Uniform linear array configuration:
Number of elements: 32
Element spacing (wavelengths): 1
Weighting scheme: hamming
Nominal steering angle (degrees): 45
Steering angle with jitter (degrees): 45.689
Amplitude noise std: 0.05
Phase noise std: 0.05

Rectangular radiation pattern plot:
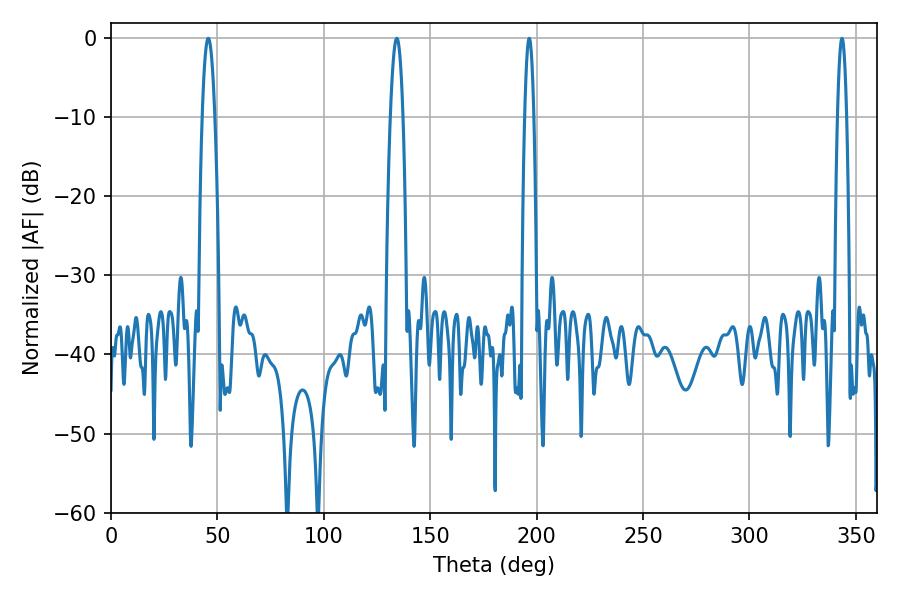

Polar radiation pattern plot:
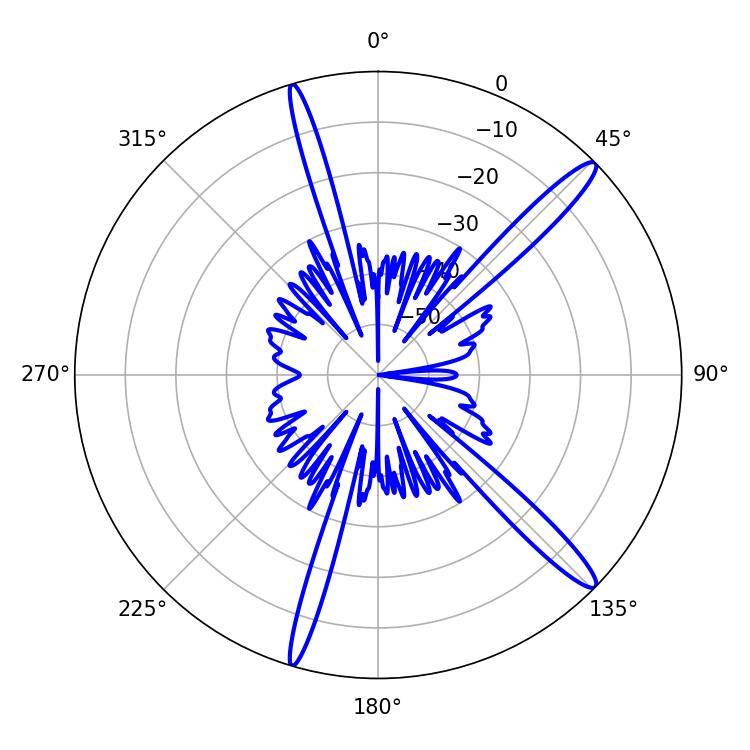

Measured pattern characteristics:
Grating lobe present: TRUE
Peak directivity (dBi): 15.003
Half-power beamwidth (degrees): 3.24
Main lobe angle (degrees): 45.72